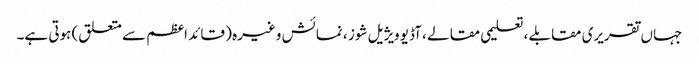
جہاں تقریری مقابلے ، تعلیمی مقالے ، آڈیو ویژیل شوز ، نمائش وغیرہ ( قائد اعظم سے متعلق) ہوتی ہے۔